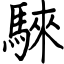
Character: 騋